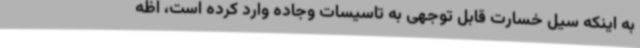
به اینکه سیل خسارت قابل توجهی به تاسیسات وجاده وارد کرده است، اظه